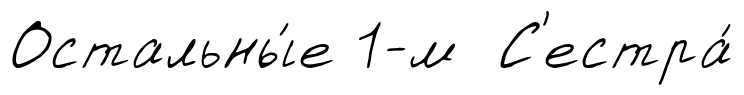
Остальны́е 1-м С'естра́